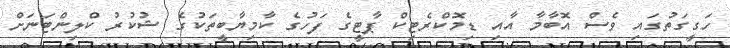
ހަގީގަތުގައި ވެސް އޮބާމާ އާއި ޑިމޮކްރެޓިކް ޕާޓީގެ ފަހުގެ ކާމިޔާބީތަކުގެ ޝުކުރު ކްލިންޓަނަށް